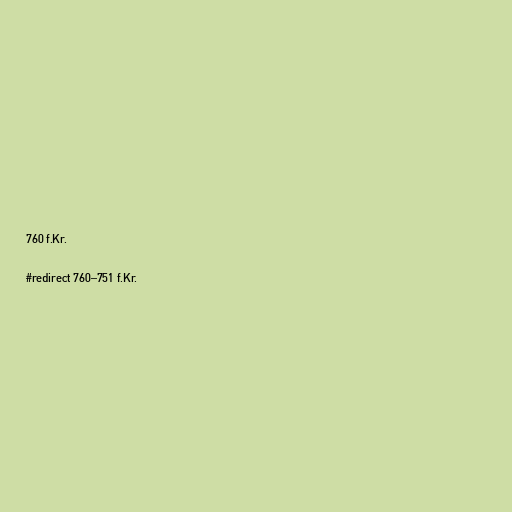
760 f.Kr.

#redirect 760–751 f.Kr.